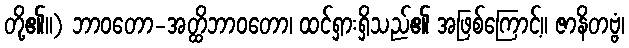
တို့၏။) ဘာဝတော-အတ္ထိဘာဝတော၊ ထင်ရှားရှိသည်၏ အဖြစ်ကြောင့်။ ဇာနိတဗ္ဗံ၊